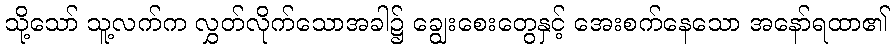
သို့သော် သူ့လက်က လွှတ်လိုက်သောအခါ၌ ချွေးစေးတွေနှင့် အေးစက်နေသော အနော်ရထာ၏